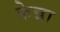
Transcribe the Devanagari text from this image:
फेन्ना